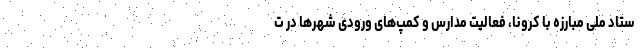
ستاد ملی مبارزه با کرونا، فعالیت مدارس و کمپ‌های ورودی شهرها در ت